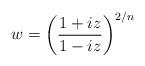
LaTeX: \begin{align*} w=\left(\frac{1+iz}{1-iz}\right)^{2/n}\end{align*}